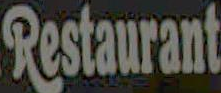
Restaurant